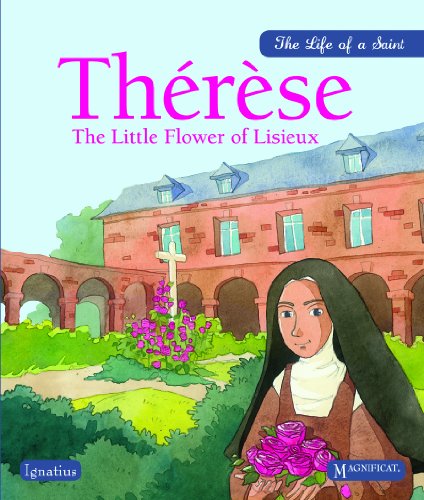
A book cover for Therese: The Little Flower of Lisieux (Life of a Saint); Sioux Berger; Children's Books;